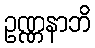
ဥဏ္ဏနာဘိ